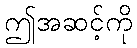
ဤအဆင့်ကို